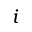
i